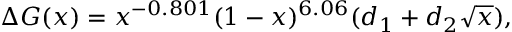
\Delta G ( x ) = x ^ { - 0 . 8 0 1 } ( 1 - x ) ^ { 6 . 0 6 } ( d _ { 1 } + d _ { 2 } \sqrt { x } ) ,